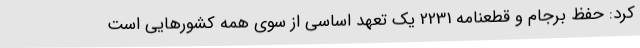
کرد: حفظ برجام و قطعنامه 2231 یک تعهد اساسی از سوی همه کشورهایی است